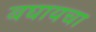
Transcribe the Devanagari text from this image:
बघायचा